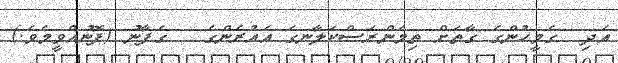
އަދި  ގެމީހުންގެ ގާތަށް ތިމަންރަސްކަލާނގެ އެއުރެންގެ   ގެފާނު (ފޮނުއްވީމެވެ.)